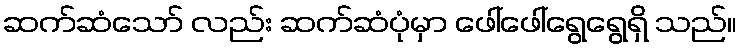
ဆက်ဆံသော် လည်း ဆက်ဆံပုံမှာ ဖေါ်ဖေါ်ရွေရွေရှိ သည်။